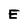
Character: E